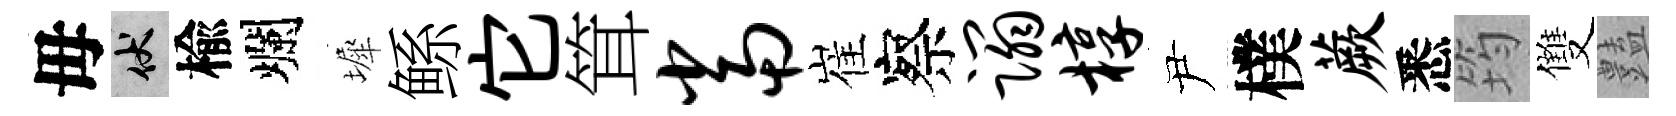
毋伏楡爛墀鲧它䇯当崔察蹋椁尹樸蕨悉筠雙𧰟